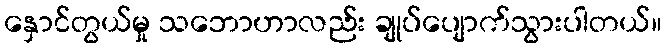
နှောင်တွယ်မှု သဘောဟာလည်း ချုပ်ပျောက်သွားပါတယ်။